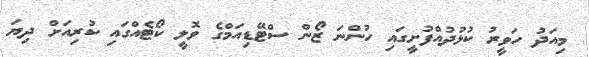
މިއަދު ހަވީރު ކުޅުދުއްފުށީގައި ހުންނަ ޒޯން ސްޓޭޑިއަމްގެ ވޮލީ ކޯޓެއްގައި ކުރިއަށް ދިޔަ